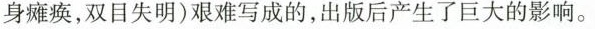
身瘫痪，双目失明)艰难写成的，出版后产生了巨大的影响。